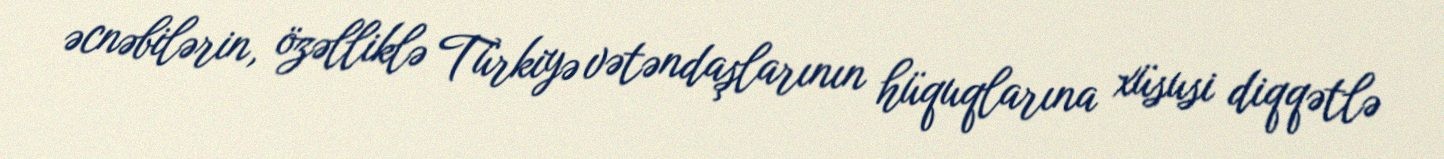
əcnəbilərin, özəlliklə Türkiyə vətəndaşlarının hüquqlarına xüsusi diqqətlə